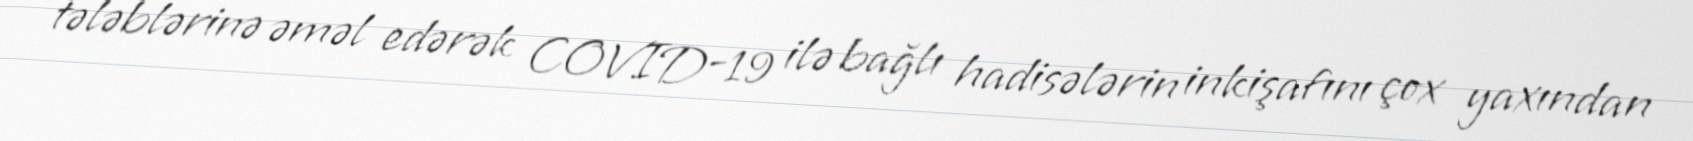
tələblərinə əməl edərək COVID-19 ilə bağlı hadisələrin inkişafını çox yaxından